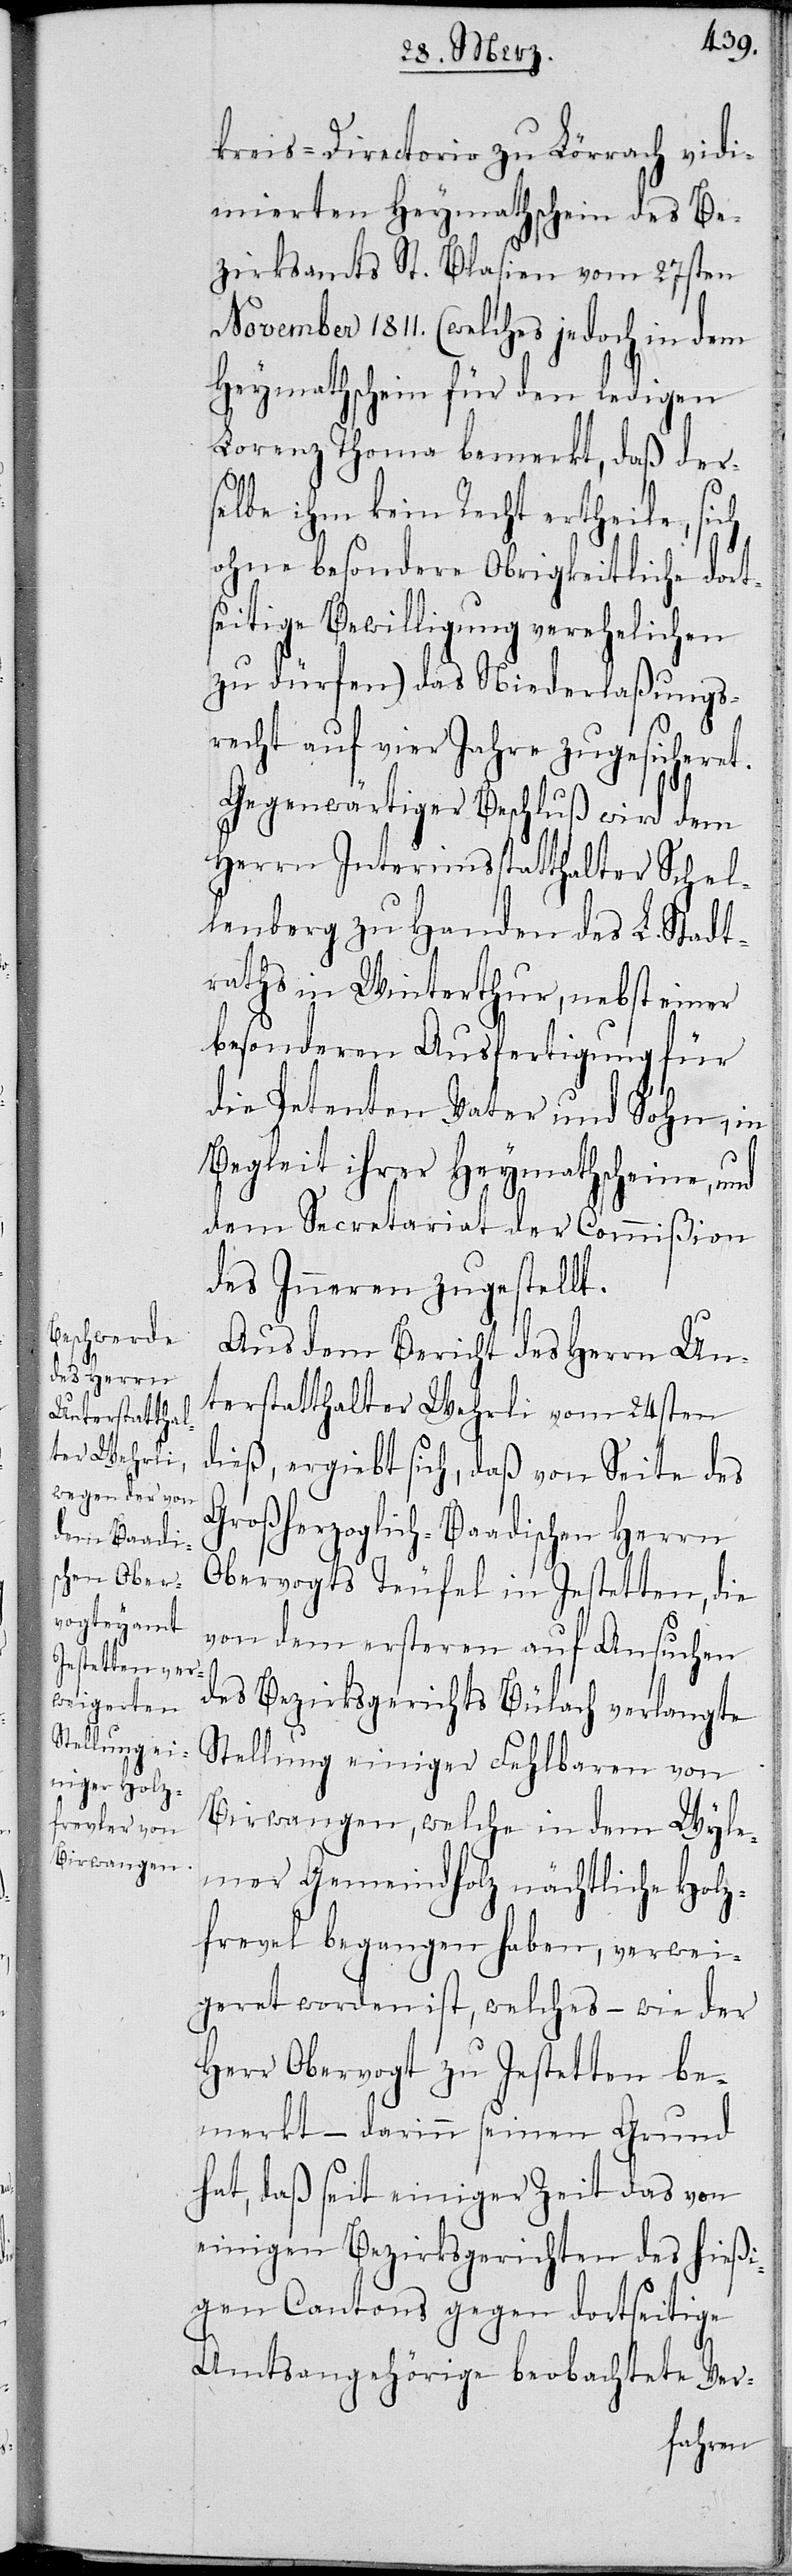
kreis-Directorio zu Lörrach vidi¬
mierten Heymathschein des Be¬
zirksamts St. Blasien vom 27.
November 1811. (welches jedoch in dem
Heymathschein für den ledigen
Lorenz Thoma bemerkt, daß ders¬
elbe ihm kein Recht ertheile, sich
ohne besondere Obrigkeitliche dort¬
seitige Bewilligung verehelichen
zu dürfen) das Niederlaßungs¬
recht auf vier Jahre zugesicheret.
Gegenwärtiger Beschluß wird dem
Herrn Interimsstatthalter Schel¬
lenberg zu Handen des L. Stadt¬
raths Winterthur, nebst einer
besonderen Ausfertigung für
die Petenten Vater und Sohn, in
Begleit ihrer Heymathscheine, und
dem Secretariat der Commißion
des Inneren zugestellt.
Aus dem Bericht des Herrn Un¬
terstatthalter Wehrli vom 24sten
dieß, ergiebt sich, daß von Seite des
Großherzoglich-Baadischen Herrn
Obervogts Teufel in Jestetten, die
von dem ersteren auf Ansuchen
des Bezirksgerichts Bülach verlangte
Stellung einiger Fehlbaren von
Birwangen, welche in dem Wyle¬
mer Gemeindholz nächtliche Holz¬
frevel begangen haben, verwei¬
geret worden ist, welches, – wie der
Herr Obervogt zu Jestetten be¬
merkt – darinn seinen Grund
hat, daß seit einiger Zeit das von
einigen Bezirksgerichten des hießi¬
gen Cantons gegen dortseitige
Amtsangehörige beobachtete Ver-